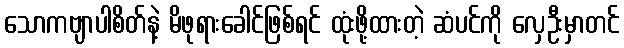
သောကဗျာပါစိတ်နဲ့ မိဖုရားခေါင်ဖြစ်ရင် ထုံးဖို့ထားတဲ့ ဆံပင်ကို လှေဦးမှာတင်